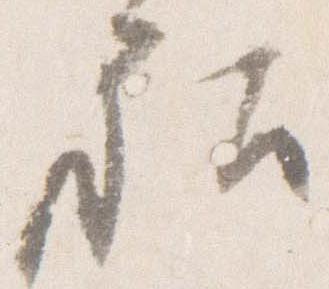
社